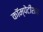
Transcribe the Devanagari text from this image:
कॉम्पेटीशन